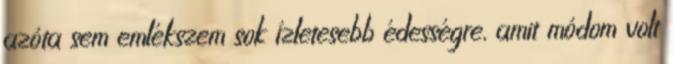
azóta sem emlékszem sok ízletesebb édességre, amit módom volt